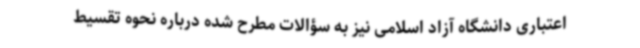
اعتباری دانشگاه آزاد اسلامی نیز به سؤالات مطرح شده درباره نحوه تقسیط